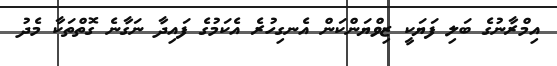
އިމްރާނުގެ ބަލި ފަޔަކީ ޒިވްޔަންކަން އެނގިހުރެ އެކަމުގެ ފައިދާ ނަގާނެ ގޮތްތަކާ މެދު